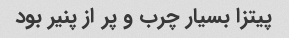
پیتزا بسیار چرب و پر از پنیر بود